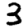
Digit: 3